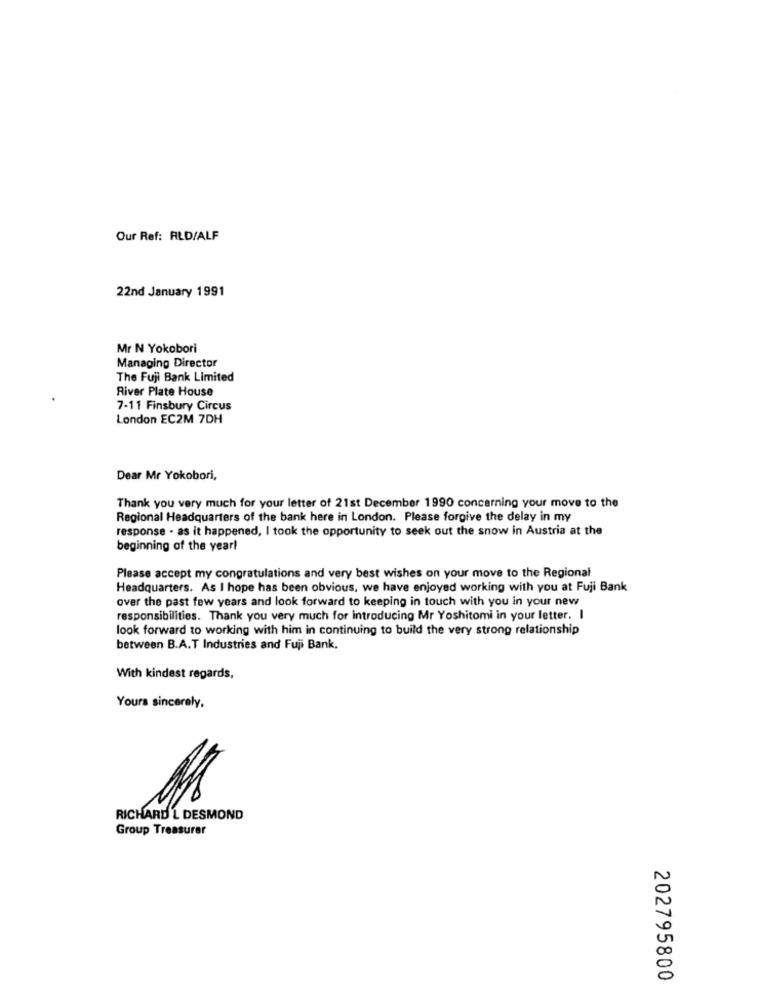
Our Ref: ALD/ALF
22nd January 1991
Mr N Yokobori
Managing Director
The Fuji Bank Limited
River Plate House
7-11 Finsbury Circus
London EC2M 7DH
Dear Mr Yokobori,
Thank you very much for your letter of 21st December 1990 concerning your move to the
Regional Headquarters of the bank here in London. Please forgive the delay in my
response - as it happened, I took the opportunity to seek out the snow in Austria at the
beginning of the yearl
Please accept my congratulations and very best wishes on your move to the Regional
Headquarters. As I hope has been obvious, we have enjoyed working with you at Fuji Bank
over the past few years and look forward to keeping in touch with you in your new
responsibilities. Thank you very much for introducing Mr Yoshitomi in your letter. I
look forward to working with him in continuing to build the very strong relationship
between B.A.T Industries and Fuji Bank.
With kindest regards,
Yours sincerely,
RICHARD'L DESMOND
Group Treasurer
202795800